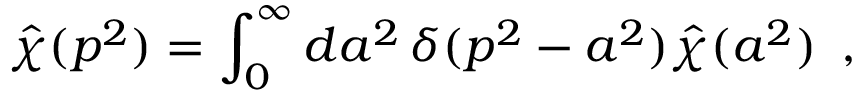
\hat { \chi } ( p ^ { 2 } ) = \int _ { 0 } ^ { \infty } d a ^ { 2 } \, \delta ( p ^ { 2 } - a ^ { 2 } ) \hat { \chi } ( a ^ { 2 } ) \, \, \, ,